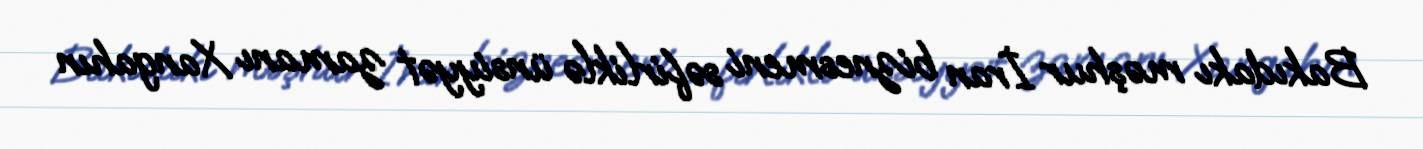
Bakıdakı məşhur İran biznesmeni səfirliklə ünsiyyət zamanı Xangahın